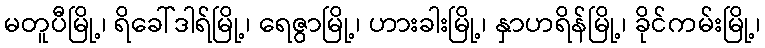
မတူပီမြို့၊ ရိခေါ်ဒါရ်မြို့၊ ရေဇွာမြို့၊ ဟားခါးမြို့၊ နှာဟရိန်မြို့၊ ခိုင်ကမ်းမြို့၊